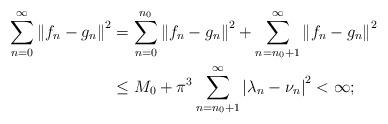
LaTeX: \begin{align*}\sum_{n = 0}^\infty {{\| {{f_n} - {g_n}}\|}^2}&= \sum_{n = 0}^{{n_0}} {{{\| {{f_n} - {g_n}}\|}^2}}+ \sum_{n = {n_0} + 1}^\infty {{{\| {{f_n} - {g_n}} \|}^2}} \\&\le {M_0}+{\pi ^3}\sum_{n = {n_0} + 1}^\infty {{| {{\lambda _n}- {\nu _n}} |}^2} < \infty ;\end{align*}